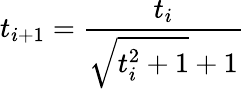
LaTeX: t_{i+1}={\frac{t_{i}}{{\sqrt{t_{i}^{2}+1}}+1}}